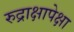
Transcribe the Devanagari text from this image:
रुद्राक्षापेक्षा